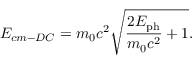
E _ { c m - D C } = m _ { 0 } c ^ { 2 } \sqrt { \frac { 2 E _ { \mathrm { p h } } } { m _ { 0 } c ^ { 2 } } + 1 } .